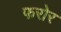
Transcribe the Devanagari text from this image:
फरोर